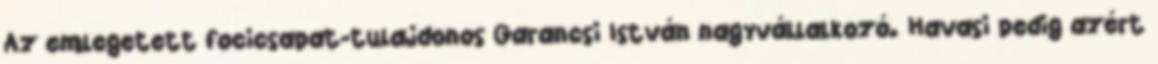
Az emlegetett focicsapat-tulajdonos Garancsi István nagyvállalkozó. Havasi pedig azért